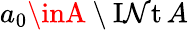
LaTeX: a_{0}\inA\setminus\operatorname{I\mathcal{N}t}A